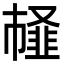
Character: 䪟